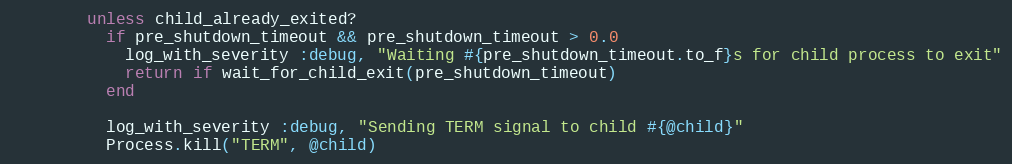
Language: Ruby
        unless child_already_exited?
          if pre_shutdown_timeout && pre_shutdown_timeout > 0.0
            log_with_severity :debug, "Waiting #{pre_shutdown_timeout.to_f}s for child process to exit"
            return if wait_for_child_exit(pre_shutdown_timeout)
          end

          log_with_severity :debug, "Sending TERM signal to child #{@child}"
          Process.kill("TERM", @child)